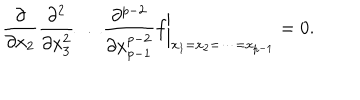
\frac { \partial } { \partial x _ { 2 } } \frac { \partial ^ { 2 } } { \partial x _ { 3 } ^ { 2 } } \dots \frac { \partial ^ { p - 2 } } { \partial x _ { p - 1 } ^ { p - 2 } } f \biggr | _ { x _ { 1 } = x _ { 2 } = \dots = x _ { p - 1 } } = 0 .